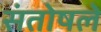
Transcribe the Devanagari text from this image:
संतोषले